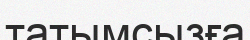
татымсызға